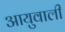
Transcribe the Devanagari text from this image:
आयुवाली